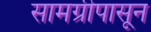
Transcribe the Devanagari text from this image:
सामग्रीपासून